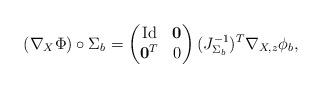
LaTeX: \begin{align*}(\nabla_X \Phi)\circ \Sigma_b =\begin{pmatrix}\mathrm{Id} & \mathbf{0}\\\mathbf{0}^T & 0\end{pmatrix}(J_{\Sigma_b}^{-1})^T \nabla_{X,z}\phi_b,\end{align*}